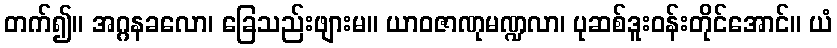
တက်၍။ အဂ္ဂနခလော၊ ခြေသည်းဖျားမ။ ယာဝဇာဏုမဏ္ဍလာ၊ ပုဆစ်ဒူးဝန်းတိုင်အောင်။ ယံ